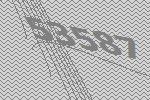
53587